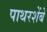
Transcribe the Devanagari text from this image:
पाथरशेंबे